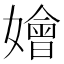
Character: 嬒